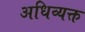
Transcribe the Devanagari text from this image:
अधिव्यक्त